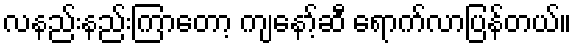
လနည်းနည်းကြာတော့ ကျနော့်ဆီ ရောက်လာပြန်တယ်။